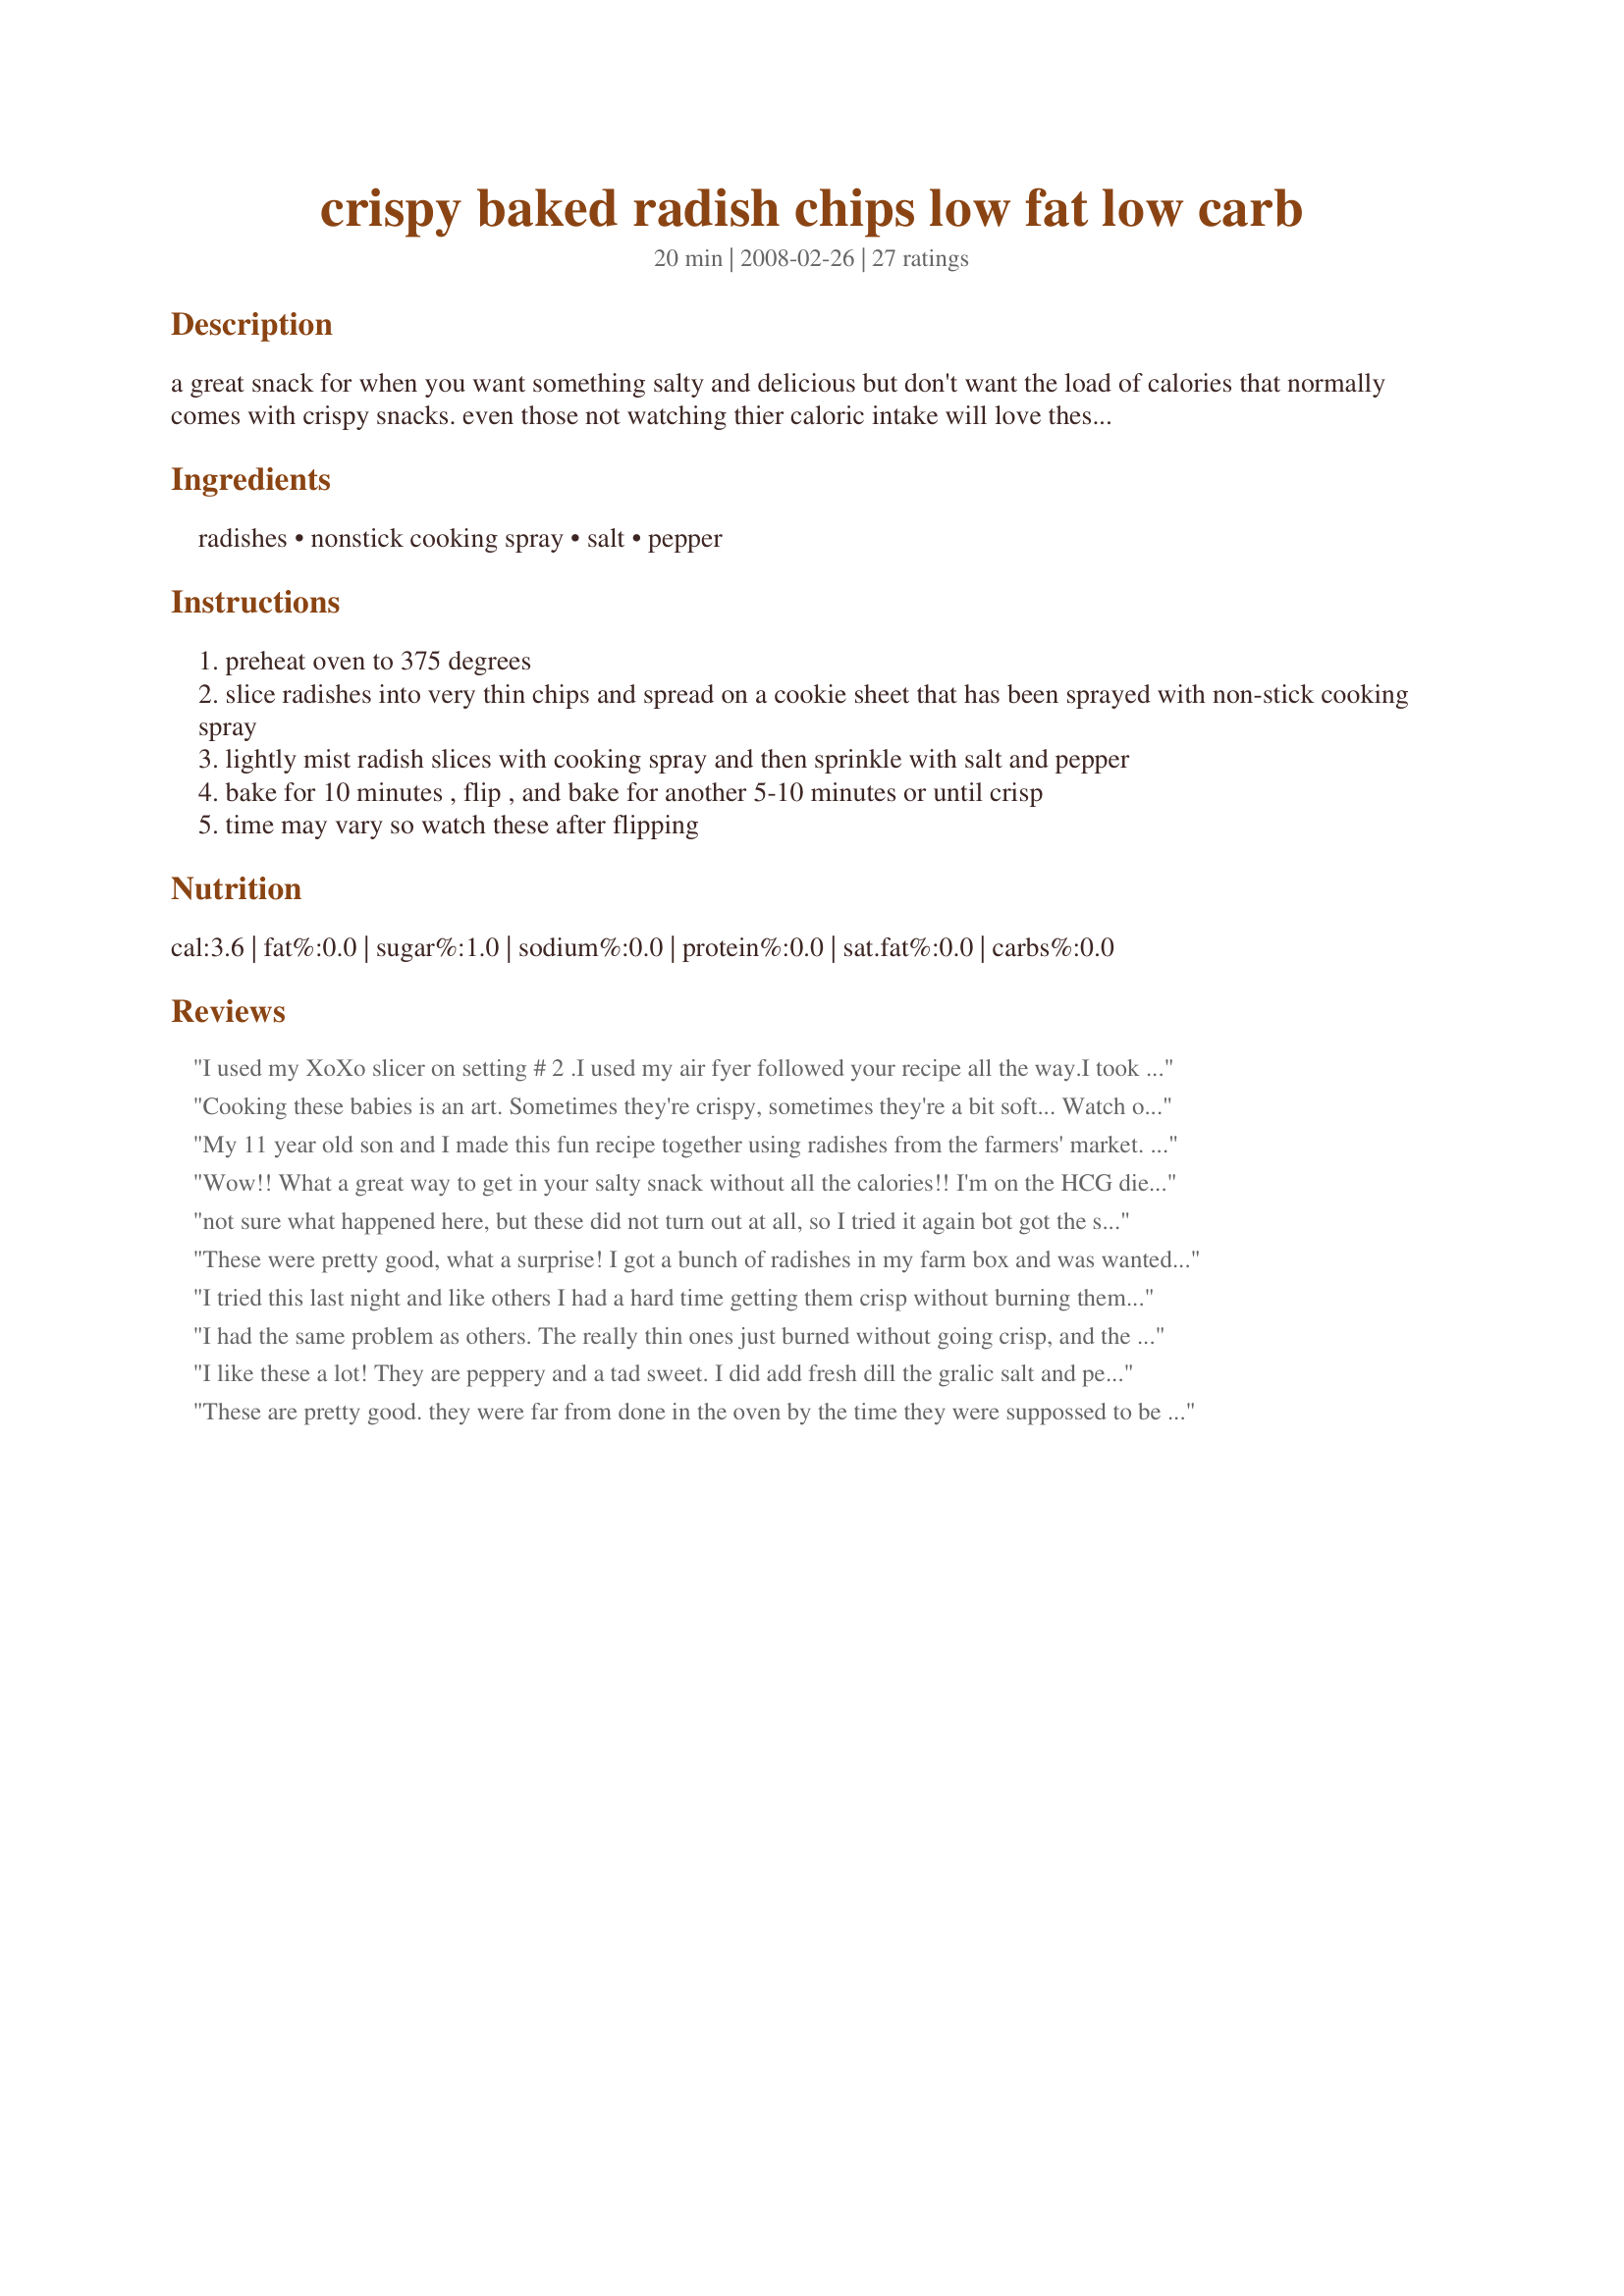
crispy baked radish chips low fat low carb
Preparation time: 20 minutes

a great snack for when you want something salty and delicious but don't want the load of calories that normally comes with crispy snacks. even those not watching thier caloric intake will love these so make a big batch. feel free to experiment with different seasonings. garlic, cayenne, italian blends and lemon pepper are some suggestions. ***note*** if you want larger chips use a japanese daikon radish. the taste and texture will be the same.

Ingredients:
radishes, nonstick cooking spray, salt, pepper

Steps:
preheat oven to 375 degrees
slice radishes into very thin chips and spread on a cookie sheet that has been sprayed with non-stick cooking spray
lightly mist radish slices with cooking spray and then sprinkle with salt and pepper
bake for 10 minutes , flip , and bake for another 5-10 minutes or until crisp
time may vary so watch these after flipping

Reviews:
I used my XoXo slicer on setting # 2 .I used my air fyer followed your recipe all the way.I took the suggestion that sash7930 said I microwaved them for 45 seconds between paper towels let them sit for about 5 mins then sprayed lightly with cooking spray salt and pepper.Cooked on 360 setting 13 minutes shaking the basket a few times. They are delicious Thank you for a great treat
Cooking these babies is an art. Sometimes they're crispy, sometimes they're a bit soft... Watch out for the major shrinking factor on these. Other than that, i am a big salt and fresh cracked pepper. Yummy...
My 11 year old son and I made this fun recipe together using radishes from the farmers' market. While it is a labor intensive recipe (the slicing, the turning, the oven-babysitting) we can't say enough good things about the TASTE! What a revelation! Something magical happens in the oven, and we scarfed these up in no time. We had a mix of some crispy/some not crispy but it hardly mattered. Thanks for posting this memorable recipe - we would certainly make it again!
Wow!! What a great way to get in your salty snack without all the calories!! I'm on the HCG diet and I'm not a fan of raw radishes - at all! But like this, they're so much better!! I added some spices for variety and they're awesome!! Why doesn't a commercial company make and sell these?!?! My sister, who hates vegetables, even liked these! =) They weren't real crispy, perhaps I didn't cut them thin enough... or could have baked them a little longer, but they were still great and didn't taste like you expect radishes to taste (at least, in their raw state). Highly recommend trying this!! =)
not sure what happened here, but these did not turn out at all, so I tried it again bot got the same results. After 10 minutes, they were completely burnt black little disks. The thermometer in my oven said 375, so I am sure my oven isn't running hot. And the worst part, is that burnt radish has to be one of the worst smells ever! It's been a couple of hours and I can't seem to get the smell out of the house. Thanks for the recipe, but I think I will try something else to cure my "potato chip" craving.
These were pretty good, what a surprise! I got a bunch of radishes in my farm box and was wanted to find something different to do with them so I searched for radish recipes and this one came up. I used my mandolin cutter and I think the thinnest setting worked the best. I might reduce the temperature and cook them longer to get them perfect if I made them again. So interesting!
I tried this last night and like others I had a hard time getting them crisp without burning them. There was a lot of moisture, especially after you wash them and add the salt. I bought 2 packs of Radishes and made them all. They really shrink and become pretty small. Next time I will get the Japanese style so we have a bigger chip. I used onion powder with the salt and pepper, they were tasty, and we did eat them all. I tried cooling them on a wire rack but they just got soft, so I think itâ€™s better to eat them right out of the oven. I never have chips in the house, so this was a nice change for a snack after dinner.
I had the same problem as others. The really thin ones just burned without going crisp, and the others took a very long time to get mostly crisp. I think next time I will lower the temperature and cook them longer. The flavor was unexpected--more like roasted cauliflower. There is a sweetness that comes out, but still with a little radish kick. Very good. Make a lot though--these things shrink tremendously, so you'll end up with just a little bit once they're cooked.
I like these a lot! They are peppery and a tad sweet. I did add fresh dill the gralic salt and pepper. The results was wonderful! Thanks for the Ideas!
These are pretty good. they were far from done in the oven by the time they were suppossed to be done. so I bought out the food dryer and transfered them there. Forgot about them overnight and by morning they were CRISPY. They shrunk up so it made about 1 handful. Taste-wise...not what I expected...in a good way. I will make these again and take the time to use the food dryer.
These are great! I sliced mine (almost cut off a finger with those little radishes) and put them in a ziplock bag. Added a little olive oil, fresh cracked sea salt and pepper, and some Tony Chachere's Spicy Seasoing Blend. After 20 minutes they weren't cripsy at all, except for a few around the edges. I took them out anyways, and they had the texture of a thin french fry! Great flavor, kind of potato like. Next time I will turn up the heat to probably 425 and experiment with flavors. Very good idea, thanks for sharing!
I never could get these to crisp up. I'd check them and leave them in the oven a little longer, but then they went from limp to starting to burn. I seasoned them with coarse ground garlic salt with parsley. They were ok but would have been fantastic if they were crispy. Sorry - wish these had turned out better for me.
These are uniquely different from what I would have expected and I really enjoyed them. They barely taste like radishes. I used a chili lime seasoning to give them a nice kick. Will definitely try again with different seasonings :)
Now these were a big hit! I used the japanese daikon & my new & simple slicer to get the chips a uniform thickness! I seasoned with my usual lemon pepper & added a little more garlic salt! VERY, VERY TASTY & crisp! Certainly worth doing again! [Made & reviewed for one of my adoptees in this Spring's PAC]
These are really good! They do not taste like radishes at all. I like to sprinkle with Ms. Dash garlic and herb seasoning. They shrink a lot so make plenty!
These are awesome! I first tried them with sea salt and fresh cracked black pepper. The 2nd time I lightly brushed the chips with sweet chili garlic sauce. The sauce made them wetter so they had to stay in the oven awhile longer, but the end result was soooooo worth it. :) The sauce kind of caramalized and made a nice coating and the chips crisped up well. I flipped them part way through cooking and brushed the other sides too so they'd cook evenly. 

Anyone on low carb or those who are eating healthier needs to try this recipe!!! A perfect, yummy snack.
I really do like radishes, however I've only ever had them in salads. These had a very strange taste-but strange in a good way. I really can't place the taste, they don't taste like a normal radish at all! I couldn't get them crispy, without burning but I sort of liked the soft texture while they were warm, seems like it would be a good side dish that way. I'm going to try again to see if I can get them to crisp. Thanks for the great idea!
Taste was fine but they were not crispy. I probably will not try a second time.
if i had the proper tools (ie knife) these would have came out better, but i only had one type of knife at work and it was hard to cut the radishes. otherwise i used parkay spray butter instead of cooking spray, and seasoned them with light soy sauce. besides the small ones getting burnt, they were pretty good.
I loved these! They were tasty as is & great as a salad topper. A good trick is to zap them in the microwave first to get out some excess moisture, then blot them down before placing them in the oven. I'll definitely be making these again.
These were pretty disappointing to me. I tried 4 different batches. Each time I cooked them a little longer but everytime they just came out soggy and very unappealing. I gave up after the 4th batch
These were good. I'll make them again for a healthy snack. Radishes are also very cheap right now. I used cajun seasoning. I followed the directions and mine never seemed to get crisp.
The taste was okay, but they didn't stay crispy for long at all and they shrink. Not worth it in my opinion.
These are sooo good - and healthy. Next time I'll use a slicer to keep the slices uniform in size as the thinner ones burned a bit and the thinker ones weren't as crisp as they should be. 
Can't wait to start experimenting with other veggies. How about yams, parsnips.....? Bet they're better than Terra chips which are fried and expensive
I baked mine at 350 and patted the radishes dry after cutting them. I've never had radishes before, but had a ton left over after a soba recipe I made -- this made for a neat snack, though none of mine got very crispy. The salt and pepper made me feel almost like I was munching on soggy french fries. I'd make this again if I ever have more leftover radishes, maybe dehydrate them in the microwave a bit first.
These are EXCELLENT!!! Just used season salt.. I cut them a little too thick, so had to bake them longer.. but YUMMMMMM.....
I thought these would be good, but I didn't know I would LOVE them. I already had some stuff in the oven so I thought I would give these a try. I used cajun seasoning on mine. What a great treat instead of chips or other high fat junk food. Imagine.....loving to snack on radishes! They are best (I think), if eaten while still hot, yum yum. They finish cooking pretty fast after turning, so don't leave them to long. I can see myself eating my way to skinny-ville with treats like this! Thank you for posting this winner.
